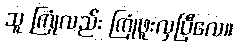
သူ ကြုံလည်း ကြုံဖူးလှပြီလေ။